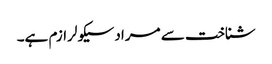
شناخت سے مراد سیکولرازم ہے۔